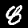
Label: 8